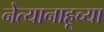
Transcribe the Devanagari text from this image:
नेत्यानाहूच्या